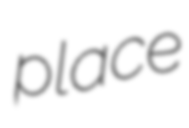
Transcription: place